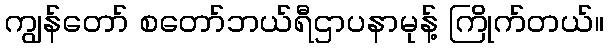
ကျွန်တော် စတော်ဘယ်ရီဌာပနာမုန့် ကြိုက်တယ်။